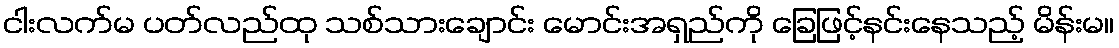
ငါးလက်မ ပတ်လည်ထု သစ်သားချောင်း မောင်းအရှည်ကို ခြေဖြင့်နင်းနေသည့် မိန်းမ။